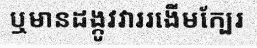
ឬមានដង្កូវវាររងើមក្បែរ